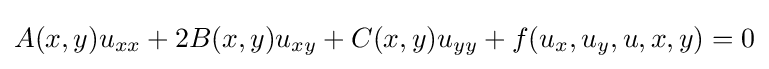
A(x,y)u_{xx}+2B(x,y)u_{xy}+C(x,y)u_{yy}+f(u_{x},u_{y},u,x,y)=0